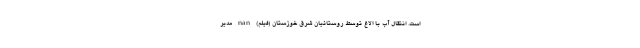
است. انتقال آب با الاغ توسط روستائیان شرق خوزستان (فیلم) nan مدیر